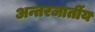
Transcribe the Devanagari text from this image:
अन्तरजार्तीय